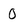
Character: 0